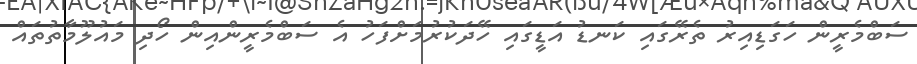
ސަބްމެރީން ހަގަޑިއިރު ތެރޭގައި ކަނޑު އަޑީގައި ހޭދަކުރުމަށްފަހު އެ ސަބްމެރީންއިން ހޯދި މައުލޫމާތުތައް